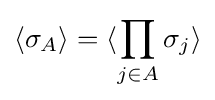
\langle \sigma _{A}\rangle =\langle \prod _{j\in A}\sigma _{j}\rangle